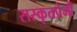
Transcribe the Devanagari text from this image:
सस्कृतप्रेमी